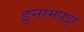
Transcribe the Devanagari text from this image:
इनामपट्टा